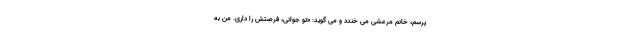
پرسم، خانم مرعشی می خندد و می گوید: «تو جوانی، فرصتش را داری. من به